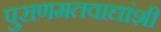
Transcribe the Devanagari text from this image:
पुराणमतवाद्यांशी